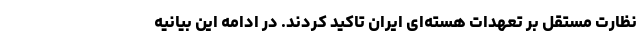
نظارت مستقل بر تعهدات هسته‌ای ایران تاکید کردند. در ادامه این بیانیه